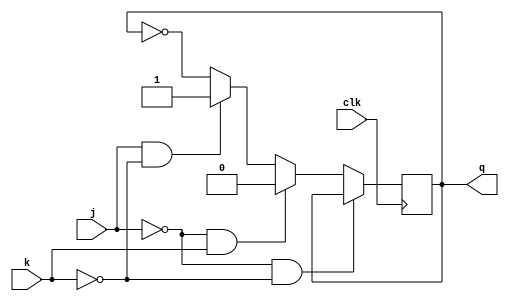
module jk(j,k,clk,q);
input j,k,clk;
output q;
reg q_copy;

always@(posedge clk)begin
    if(!j&!k)
    q_copy<=q;
    else if(!j&k)
    q_copy<=0;
    else if(j&!k)
    q_copy<=1;
    else
    q_copy<=(~q);
end
assign q=q_copy;
endmodule